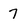
Character: 7